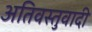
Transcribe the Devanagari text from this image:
अतिवस्तुवादी